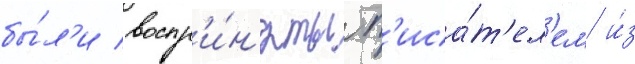
бы́л'и воспр'и́н'яты п'иса́т'ел'ем и́з